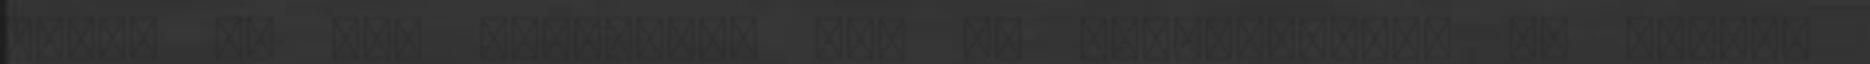
BMW-t és egy Maseratit egy nő Tömegbaleset és óriási